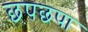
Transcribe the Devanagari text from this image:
छपछपा